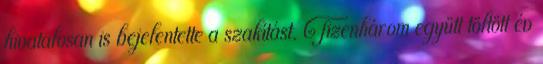
hivatalosan is bejelentette a szakítást. Tizenhárom együtt töltött év